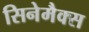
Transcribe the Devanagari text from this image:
सिनेमैक्स